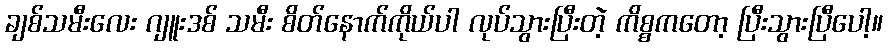
ချစ်သမီးလေး ဂျူးဒစ် သမီး စိတ်နောက်ကိုယ်ပါ လုပ်သွားပြီးတဲ့ ကိစ္စကတော့ ပြီးသွားပြီပေါ့။